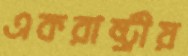
একরাষ্ট্রীয়